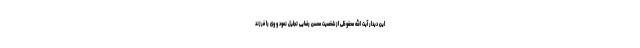
این دیدار آیت الله محفوظی از شخصیت محسن رضایی تجلیل نمود و وی را فرزند